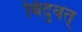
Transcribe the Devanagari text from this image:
बिंदुवत्